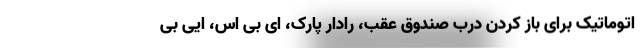
اتوماتیک برای باز کردن درب صندوق عقب، رادار پارک، ای بی اس، ایی بی